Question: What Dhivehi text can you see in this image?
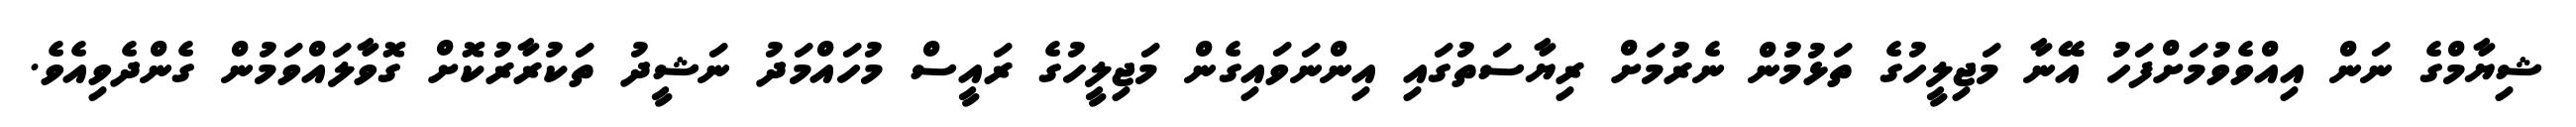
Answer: ޝިޔާމްގެ ނަން އިއްވެވުމަށްފަހު އޭނާ މަޖިލީހުގެ ތަޅުމުން ނެރުމަށް ރިޔާސަތުގައި އިންނަވައިގެން މަޖިލީހުގެ ރައީސް މުހައްމަދު ނަޝީދު ތަކުރާރުކޮށް ގޮވާލައްވަމުން ގެންދެވިއެވެ.